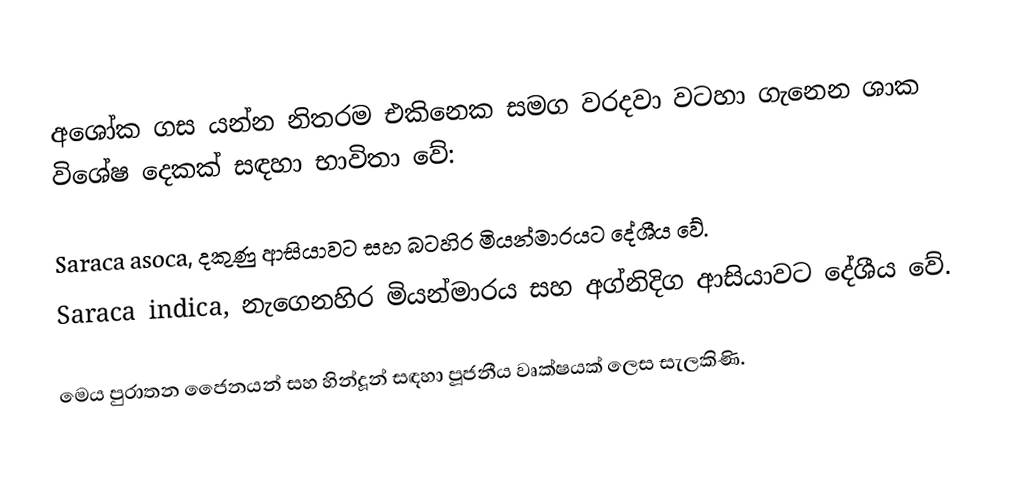
අශෝක ගස යන්න නිතරම එකිනෙක සමග වරදවා වටහා ගැනෙන ශාක විශේෂ දෙකක් සඳහා භාවිතා වේ:

Saraca asoca, දකුණු ආසියාවට සහ බටහිර මියන්මාරයට දේශීය වේ.
Saraca indica, නැගෙනහිර මියන්මාරය සහ අග්නිදිග ආසියාවට දේශීය වේ.

මෙය ‍පුරාතන ජෛනයන් සහ හින්දූන් සඳහා පූජනීය වෘක්ෂයක් ලෙස සැලකිණි.